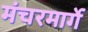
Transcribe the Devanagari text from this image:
मंचरमार्गे